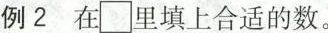
例2 在\Box 里填上合适的数。